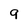
Character: 9